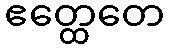
ဧတ္ထေတေ